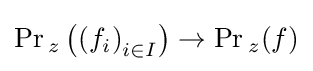
\Pr {}_{z}\left(\left(f_{i}\right)_{i\in I}\right)\to \Pr {}_{z}(f)